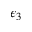
\epsilon _ { 3 }